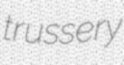
trussery